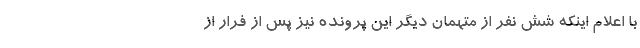
با اعلام اینکه شش نفر از متهمان دیگر این پرونده نیز پس از فرار از